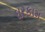
ઘરકામ